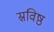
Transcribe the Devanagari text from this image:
स्रविष्ठ